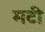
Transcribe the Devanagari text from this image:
मटी